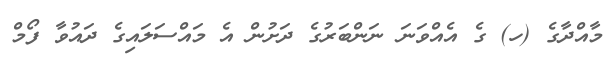
މާއްދާގެ (ހ) ގެ އެއްވަނަ ނަންބަރުގެ ދަށުން އެ މައްސަލައިގެ ދައުވާ ފޯމް